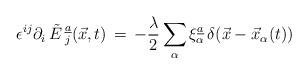
LaTeX: \begin{align*}\epsilon\sp{ij}\partial_i\,\tilde{E}\,_j\sp{\underline{a}}(\vec{x},t)\,= \,-{\lambda\over 2}\sum\limits_{\alpha}\xi_{\alpha}\sp{\underline{a}}\,\delta(\vec{x}-\vec{x}_{\alpha}(t))\end{align*}